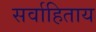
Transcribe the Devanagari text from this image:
सर्वाहिताय